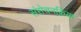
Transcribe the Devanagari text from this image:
संसेचनक्रिया